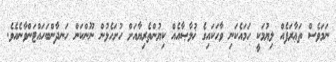
ނަމަވެސް ތަޢާރަފެއް ލިޔުމަކީ ހަމައެކަނި ވާހަކައިގެ ޚުލާޞާއެއް ކިޔުންތެރިޔާއަށް ހުށަހެޅުން ނޫންކަން ހަނދާންބަހައްޓަންވާނެއެވެ.